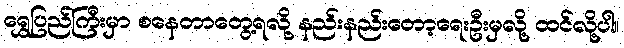
ရွှေပြည်ကြီးမှာ စနေတာတွေ့ရလို့ နည်းနည်းတော့ရေးဦးမှလို့ ထင်လို့ပါ။